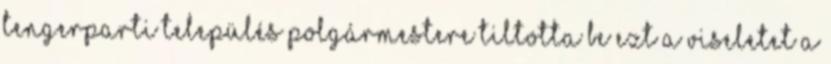
tengerparti település polgármestere tiltotta be ezt a viseletet a